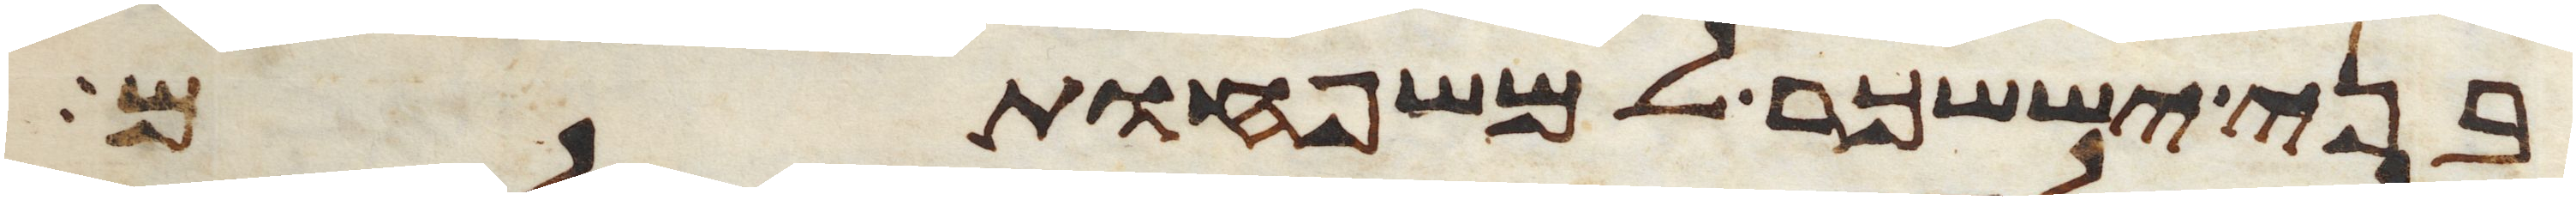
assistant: בני יששכר למשפחותם